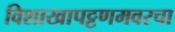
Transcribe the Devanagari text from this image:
विशाखापट्टणमवरचा